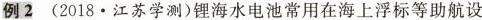
例2 (2018 · 江苏学测)锂海水电池常用在海上浮标等助航设